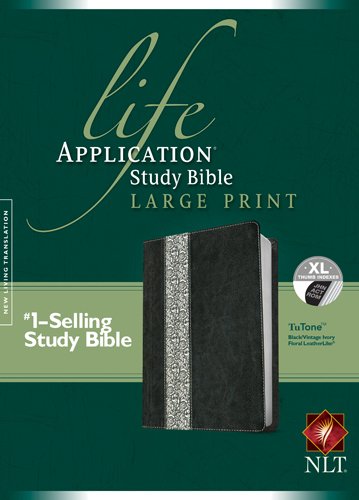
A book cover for Life Application Study Bible NLT, Large Print TuTone; Christian Books & Bibles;